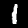
Label: 1